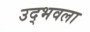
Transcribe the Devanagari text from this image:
उद्‍भवला